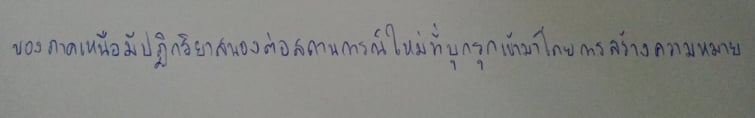
ของภาคเหนือมีปฏิกริยาสนองต่อสถานการณ์ใหม่ที่บุกรุกเข้ามาโดยการสร้างความหมาย